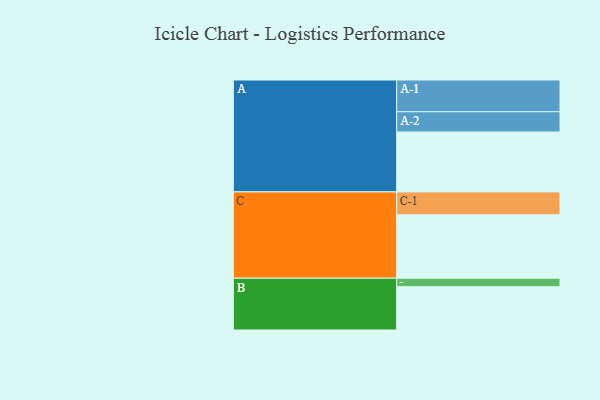
{"axis": {"x": "Segment", "y": "Value"}, "legend": ["", "A", "B", "C"], "data": [{"x": "A", "y": 545, "type": ""}, {"x": "B", "y": 394, "type": ""}, {"x": "C", "y": 578, "type": ""}, {"x": "A-1", "y": 289, "type": "A"}, {"x": "A-2", "y": 184, "type": "A"}, {"x": "B-1", "y": 77, "type": "B"}, {"x": "C-1", "y": 207, "type": "C"}]}